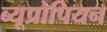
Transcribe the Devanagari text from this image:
ब्यूप्रोपियन